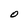
Character: O